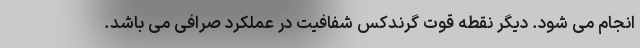
انجام می شود. دیگر نقطه قوت گرندکس شفافیت در عملکرد صرافی می باشد.